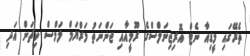
ތެރޭގައި މީޑިއާ ނެޓް އޮރިޖިނަލްސްގެ ރޫމީއާއި ޖަންނަތު މަރްޔަމް ލަމްސް ކިޗަން އަދި